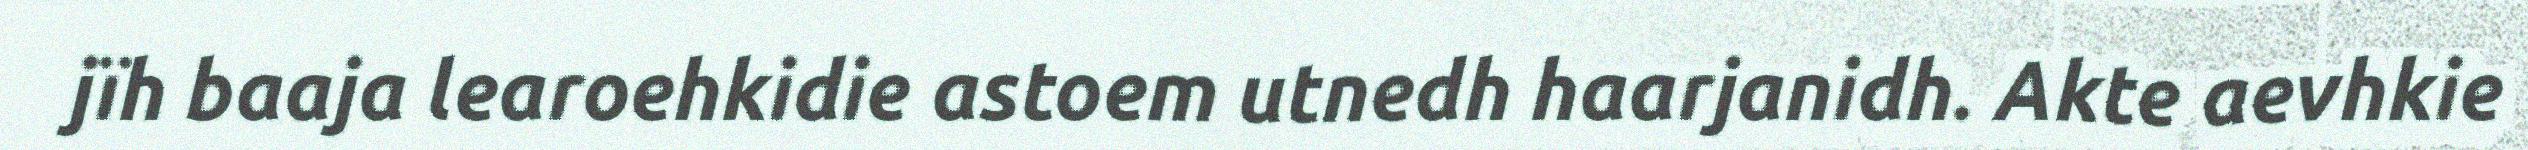
jïh baaja learoehkidie astoem utnedh haarjanidh. Akte aevhkie